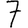
Digit: 7